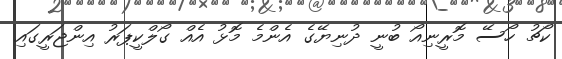
ކޯޗު ހޯސޭ މޮރީނިއޯ ބުނީ ދުނިޔޭގެ އެންމެ މޮޅު އެއް ގޯލްކީޕަރު އިންޖަރީގައި